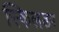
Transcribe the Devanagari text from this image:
स्किलडर